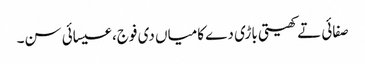
صفائی تے کھیتی باڑی دے کامیاں دی فوج، عیسائی سن۔